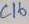
Text: C16